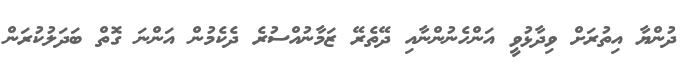
ދުންޔާ އިތުރަށް ވިދާޅުވީ އަންހެނުންނާއި ދޭތެރޭ ޒަމާނުއްސުރެ ދެކެމުން އަންނަ ގޮތް ބަދަލުކުރަން